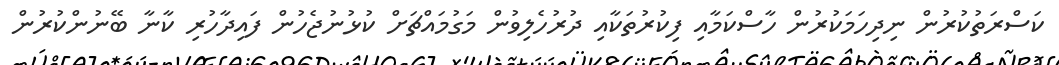
ކަސްރަތުކުރުން ނިދިހަމަކުރުން ހާސްކަމާއި ފިކުރުތަކާއި ދުރުހެލިވުން މަގުމައްޗަށް ކުޅުނުޖެހުން ފައިދާހުރި ކާނާ ބޭނުންކުރުން